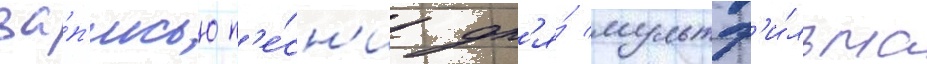
за́п'исью п'е́сн'и дл'я́ мультф'и́льма